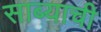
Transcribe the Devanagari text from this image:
साब्याची